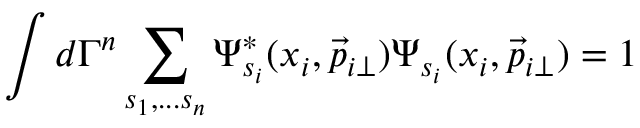
\int d \Gamma ^ { n } \sum _ { s _ { 1 } , . . . s _ { n } } \Psi _ { s _ { i } } ^ { \ast } ( x _ { i } , \vec { p } _ { i \perp } ) \Psi _ { s _ { i } } ( x _ { i } , \vec { p } _ { i \perp } ) = 1